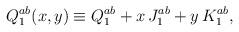
LaTeX: \begin{align*}Q_1^{ab} (x,y) \equiv Q_1^{ab} + x \, J_1^{ab} + y \, K_1^{ab},\end{align*}